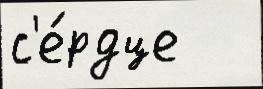
с'е́рдце